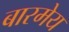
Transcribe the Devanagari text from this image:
बारमेय